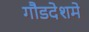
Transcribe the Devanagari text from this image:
गौडदेशमे